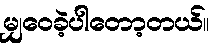
မျှဝေခဲ့ပါတော့တယ်။